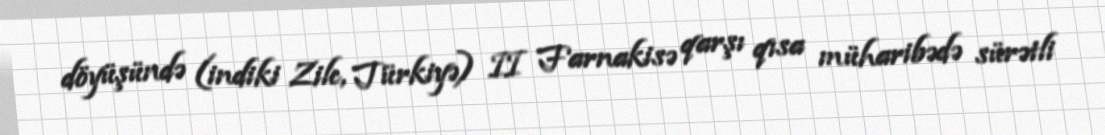
döyüşündə (indiki Zile, Türkiyə) II Farnakisə qarşı qısa müharibədə sürətli